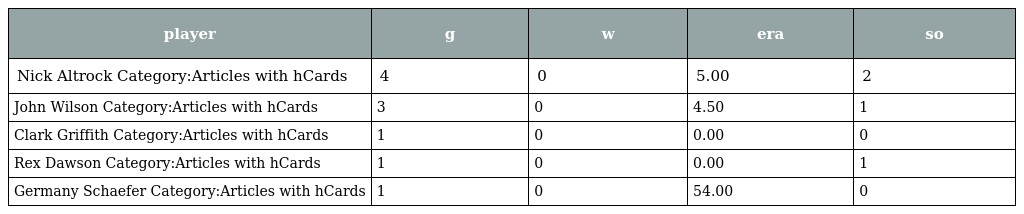
| player | g | w | era | so |
 | --- | --- | --- | --- | --- |
 | Nick Altrock Category:Articles with hCards | 4 | 0 | 5.00 | 2 |
 | John Wilson Category:Articles with hCards | 3 | 0 | 4.50 | 1 |
 | Clark Griffith Category:Articles with hCards | 1 | 0 | 0.00 | 0 |
 | Rex Dawson Category:Articles with hCards | 1 | 0 | 0.00 | 1 |
 | Germany Schaefer Category:Articles with hCards | 1 | 0 | 54.00 | 0 |